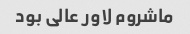
ماشروم لاور عالی بود